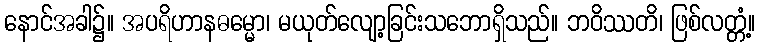
နောင်အခါ၌။ အပရိဟာနဓမ္မော၊ မယုတ်လျော့ခြင်းသဘောရှိသည်။ ဘဝိဿတိ၊ ဖြစ်လတ္တံ့။